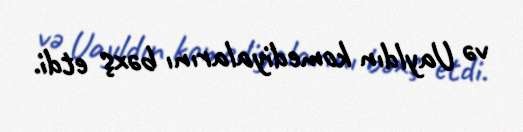
və Uayldın komediyalarını bəxş etdi.